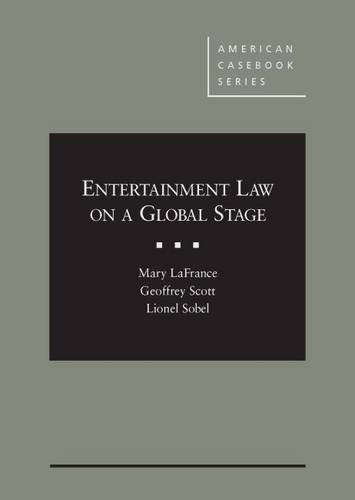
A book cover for Entertainment Law on a Global Stage (American Casebook Series); Mary LaFrance; Law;